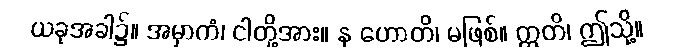
ယခုအခါ၌။ အမှာကံ၊ ငါတို့အား။ န ဟောတိ၊ မဖြစ်။ ဣတိ၊ ဤသို့။